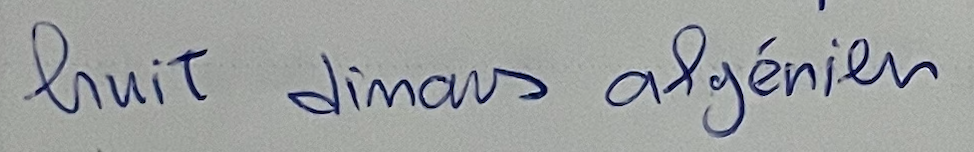
huit dinars algérien